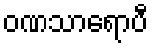
ဝဏသာရောပီ